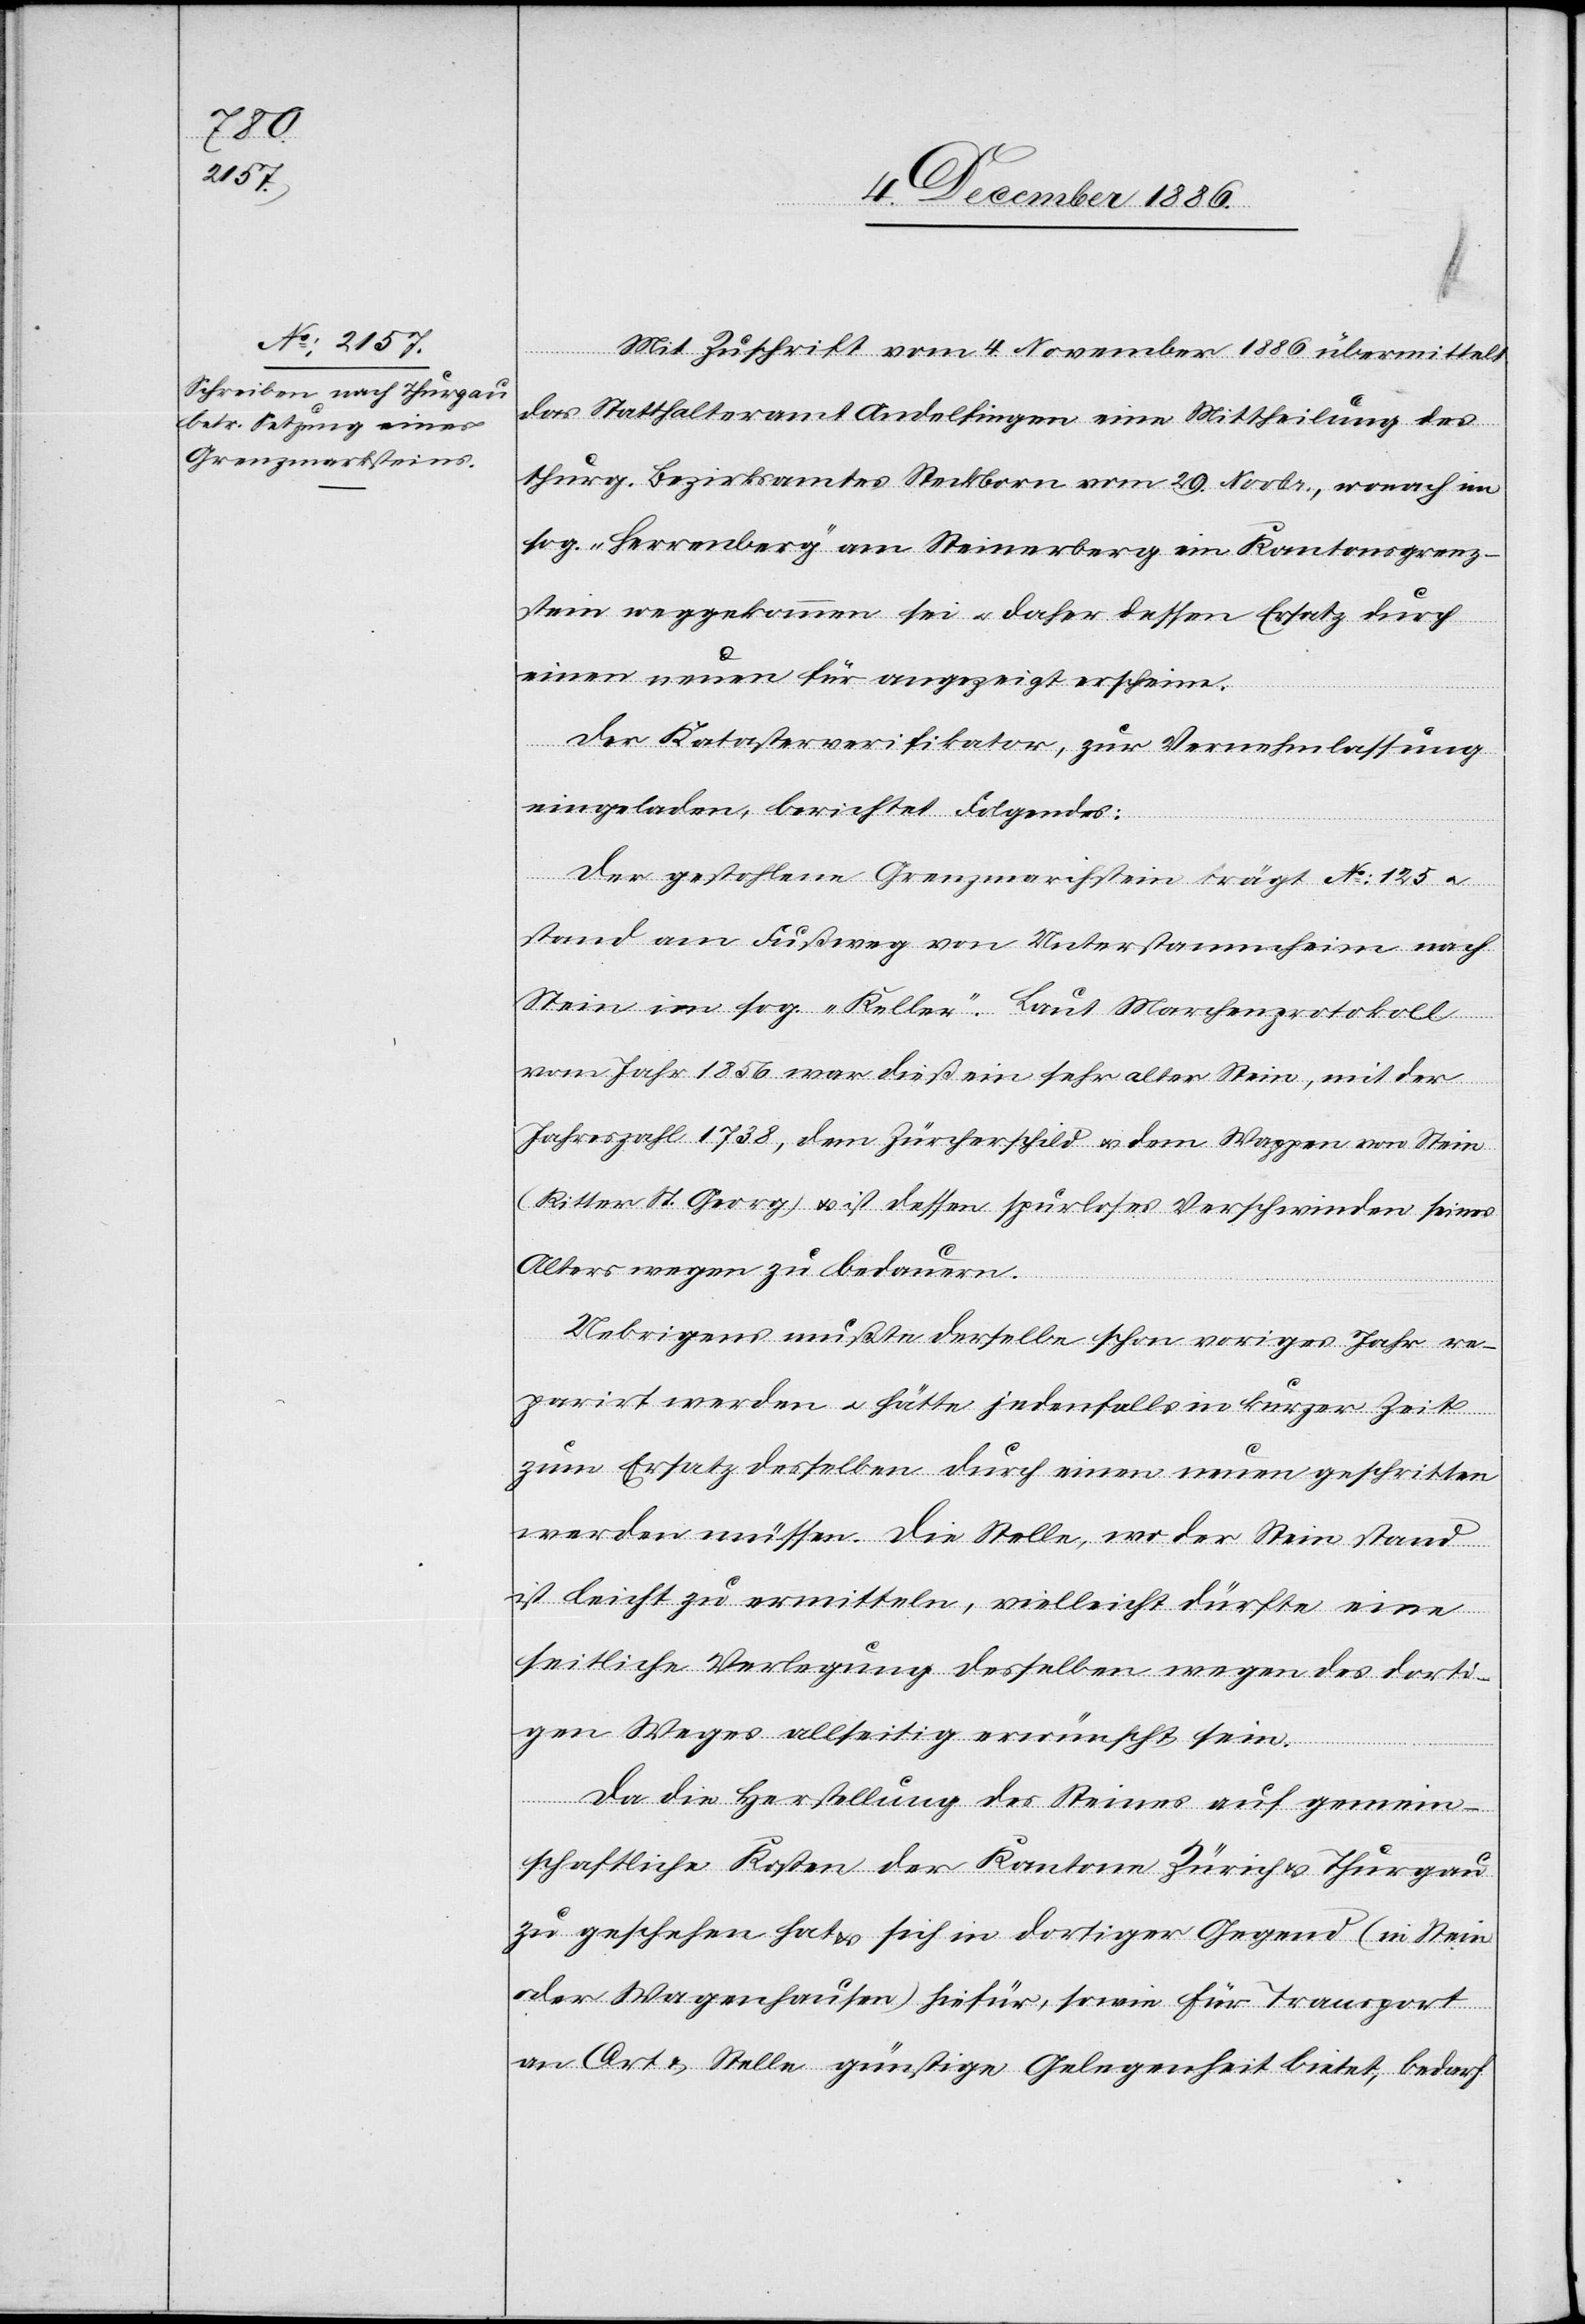
Mit Zuschrift vom 4. November 1886 übermittelt
das Statthalteramt Andelfingen eine Mittheilung des
thurg. Bezirksamtes Steckborn vom 29. Novbr., wonach im
sog. „Herrenberg“ am Steinerberg ein Kantonsgrenz¬
stein weggekommen sei & daher dessen Ersatz durch
einen neuen für angezeigt erscheine.
Der Katasterverifikator, zur Vernehmlassung
eingeladen, berichtet Folgendes:
Der gestohlene Grenzmarchstein trägt No: 125 &
stand am Fußweg von Unterstammheim nach
Stein im sog. „Keller“. Laut Marchenprotokoll
vom Jahr 1856 war dieß ein sehr alter Stein, mit der
Jahreszahl 1738, dem Zürcherschild & dem Wappen von Stein
(Ritter St. Georg) & ist dessen spurloses Verschwinden seines
Alters wegen zu bedauern.
Uebrigens mußte derselbe schon voriges Jahr re¬
parirt werden & hätte jedenfalls in kurzer Zeit
zum Ersatz desselben durch einen neuen geschritten
werden müssen. Die Stelle, wo der Stein stand
ist leicht zu ermitteln, vielleicht dürfte eine
seitliche Verlegung desselben wegen des dorti¬
gen Weges allseitig erwünscht sein.
Da die Herstellung des Steines auf gemein¬
schaftliche Kosten der Kantone Zürich & Thurgau
zu geschehen hat & sich in dortiger Gegend (in Stein
oder Wagenhausen) hiefür, sowie für Transport
an Ort & Stelle günstige Gelegenheit bietet, bedarf